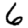
Digit: 6